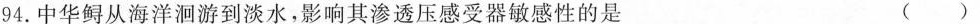
94。中华鲟从海洋洄游到淡水，影响其渗透压感受器敏感性的是 ()